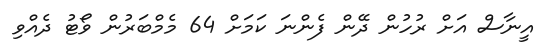
އީނާސް އަށް ރުހުން ދޭން ފެންނަ ކަމަށް 64 މެމްބަރުން ވޯޓު ދެއްވި